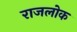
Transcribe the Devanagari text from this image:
राजलोक